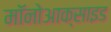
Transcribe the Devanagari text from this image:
मॉनोआक्साइड